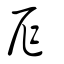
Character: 厏